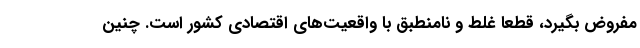
مفروض بگیرد،‌ قطعا غلط و نامنطبق با واقعیت‌های اقتصادی کشور است. چنین